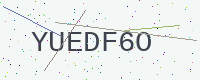
Text: YUEDF6O